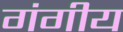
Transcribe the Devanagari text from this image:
गंगीय